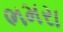
ભમરા